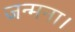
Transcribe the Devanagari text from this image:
जन्मना।